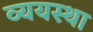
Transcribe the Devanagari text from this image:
व्ययस्था